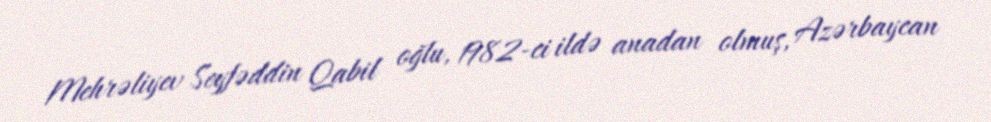
Mehrəliyev Seyfəddin Qabil oğlu, 1982-ci ildə anadan olmuş, Azərbaycan